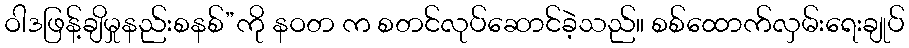
ဝါဒဖြန့်ချိမှုနည်းစနစ်”ကို နဝတ က စတင်လုပ်ဆောင်ခဲ့သည်။ စစ်ထောက်လှမ်းရေးချုပ်